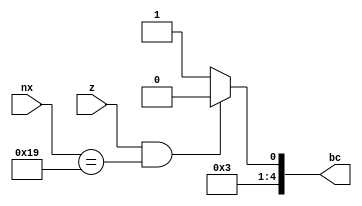
module branch_control(nx,z,bc);
input [4:0] nx;
input z;
output reg [4:0] bc;
always @(*) begin
if(z==1'b1 && nx==5'b11001) bc=5'b00110;
else bc=5'b00111;
end
endmodule